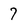
Character: 7